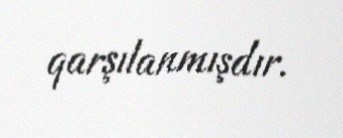
qarşılanmışdır.